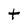
Character: t